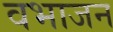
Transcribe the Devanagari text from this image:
वभाजन